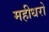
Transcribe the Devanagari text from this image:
महीधरो